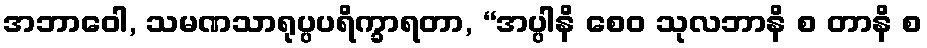
အဘာဝေါ, သမဏသာရုပ္ပပရိက္ခာရတာ, “အပ္ပါနိ စေဝ သုလဘာနိ စ တာနိ စ